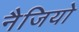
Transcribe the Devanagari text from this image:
नैजियो